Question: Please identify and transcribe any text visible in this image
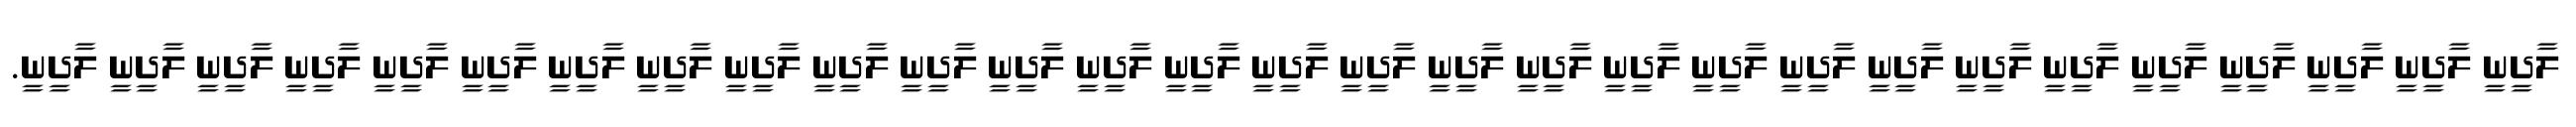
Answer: ލާދީނީ ލާދީނީ ލާދީނީ ލާދީނީ ލާދީނީ ލާދީނީ ލާދީނީ ލާދީނީ ލާދީނީ ލާދީނީ ލާދީނީ ލާދީނީ ލާދީނީ ލާދީނީ ލާދީނީ ލާދީނީ ލާދީނީ ލާދީނީ ލާދީނީ ލާދީނީ ލާދީނީ ލާދީނީ ލާދީނީ ލާދީނީ ލާދީނީ ލާދީނީ ލާދީނީ ލާދީނީ ލާދީނީ.